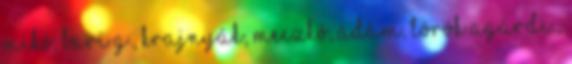
Mikó, Bari G., Krajnyák, Meczkó, Ádám, Török Agárdi ,